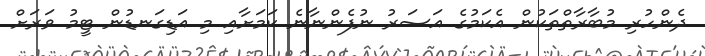
ދެންހުރި މުބާރާތްތަކުން އެކަމުގެ އަސަރު ނުފެންނާނެ ކަމަށާއި މި އަޑިގަނޑުން ޓީމު ވަރަށް